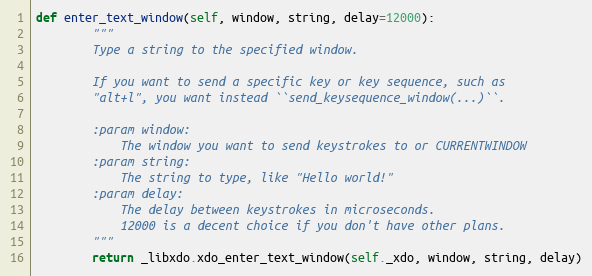
Language: Python
def enter_text_window(self, window, string, delay=12000):
        """
        Type a string to the specified window.

        If you want to send a specific key or key sequence, such as
        "alt+l", you want instead ``send_keysequence_window(...)``.

        :param window:
            The window you want to send keystrokes to or CURRENTWINDOW
        :param string:
            The string to type, like "Hello world!"
        :param delay:
            The delay between keystrokes in microseconds.
            12000 is a decent choice if you don't have other plans.
        """
        return _libxdo.xdo_enter_text_window(self._xdo, window, string, delay)